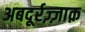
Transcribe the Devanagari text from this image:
अबदूर्रज़्ज़ाक़